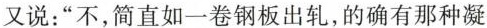
又说：”不，简直如一卷钢板出轧，的确有那种凝